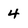
Character: 4